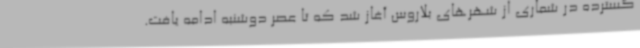
گسترده در شماری از شهرهای بلاروس آغاز شد که تا عصر دوشنبه ادامه یافت.